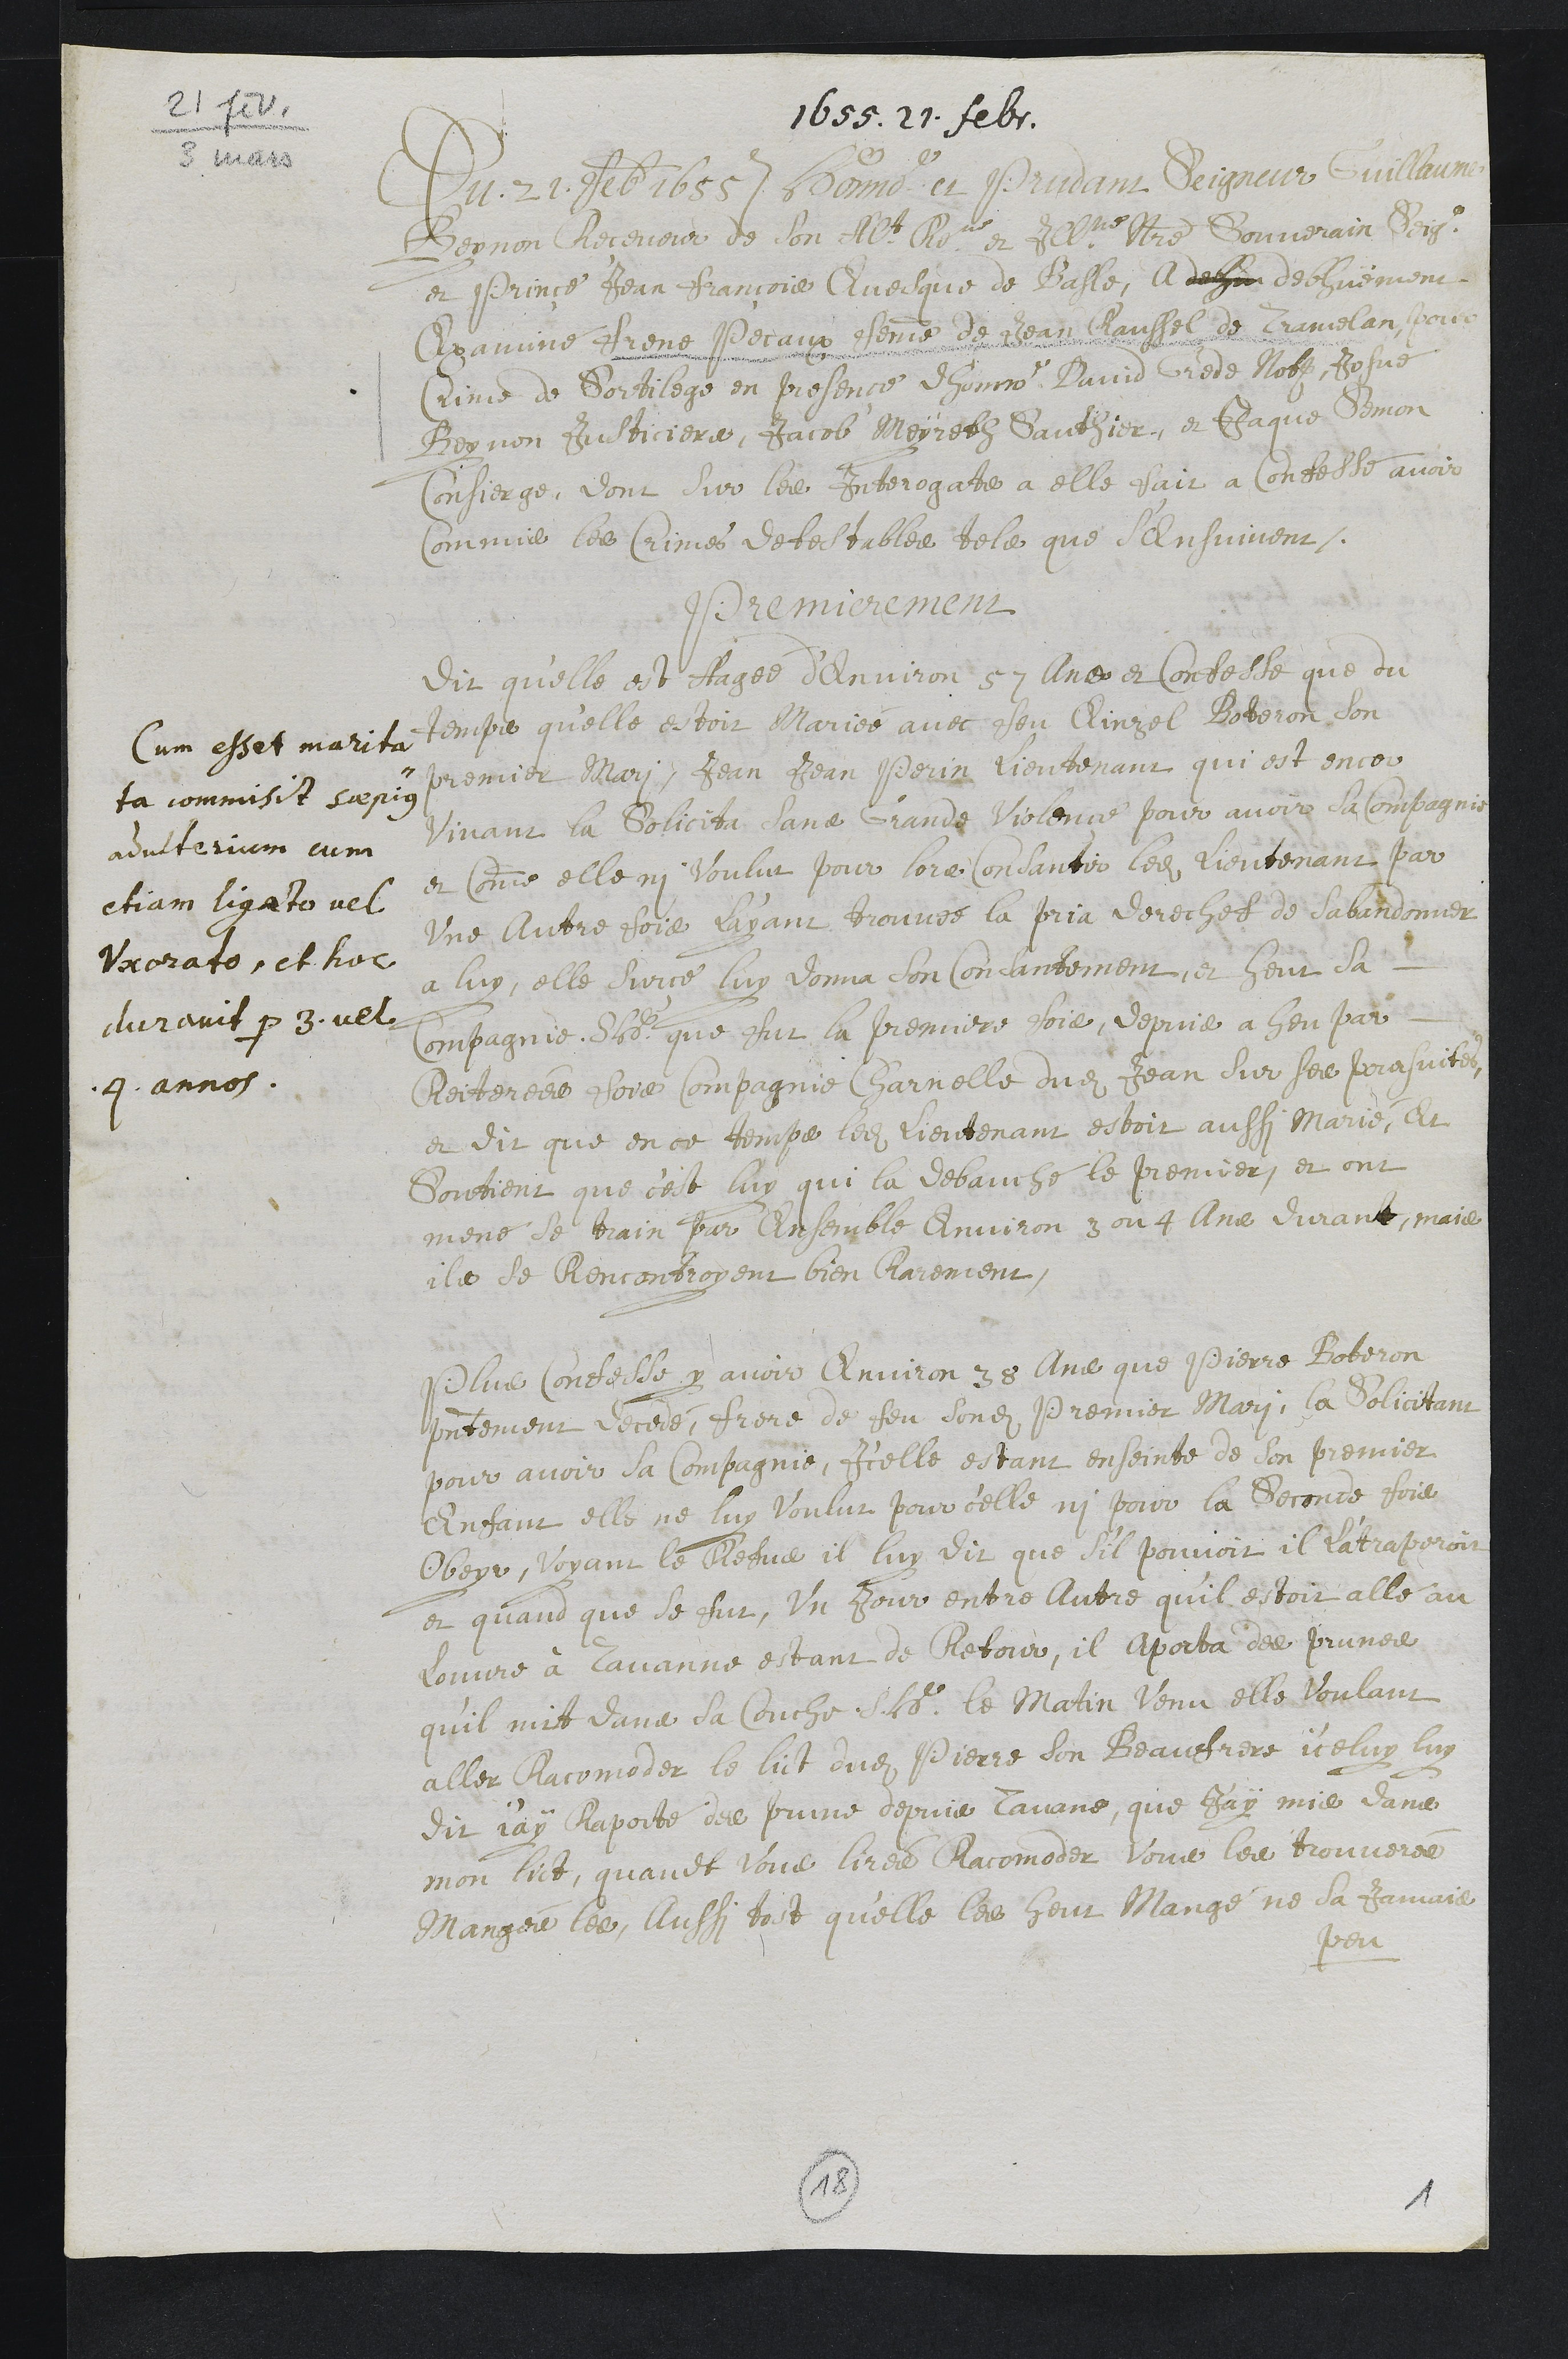
2l
1655. 21. febr.
Du 21 fre 1155 Mreime len Jemnsn depmir  aurere
Beynon Ricenoir de son Nlt lne et filneltre Donverain Dis
et Prinse Jean François Qvelque de Basle, Al deu dechuement
Crommine Brene Pecaux cohemne de Jean Caussel de Crimelan, ou
rinie de Sortilege en presence deponine Luvid brede Nofz Rosue
Beynon sousticiera, Jacob Moyretl Sauthier, et Jaque Simon
Confierge, vont sur les Interogatte a elle suir a Confesse avoir
Commis les Crimes dehastables telle que c'Ansuivont
Pnreminement
Cum esset marita
ta commisit supign
adviterium cum
ctjam ligate vel
Vaorate, et hor
duramit por 3. vel
4. annos.
dit qu’elle at fasée d’environ 57 lnes et Confeile que du
tempse qu’elle estoir mariée avec sou Rinzol Boberon son
premier Mari, Jean Jean Perin lieutenant qui est encor
Vivant ja Solicitr dane Grande Boienne pour avoir la omsogni
et comme elle ni voulur pair sore Contantir ledit lieutenant par
une aitre fois ayant trouves la pria derechef de Cabandmer
a luy, elle surce luy donna con Concantement je heur sa
Compagnie, Sidt que fut la premiere fois, depuis a heu par
Roctercue hois compagnie Charnelle dudit Jean sur son praprite
et dit que en ce tempe ludit tientenant estoir aussi Marie, et
Soutient que cat luy qui la debauche le premier, et ont
mene le main par lnsemble environ 3 ou 4 une divant, mains
ille de Rencontroyent bien Claiement.
Pluse Contesses y avoir environ 35 uine que Prierre Aotenon
presentement ricers, frere de feu sondit Premier Mari, la solicitant
pour avoir la compugnie, Icelle estant enseinte le son premier
Enfant elle ne luy voulut pour celle ni pour la Seconne foi
Obeyr, Noyant le behua il luy dit que dil pouvoit il latraperoit
et quand que se fur Un pour entre lutre qu’il estoit alle au
louvre à lavanne estant de Rebour, il aporta de primee
qu’il muit dana da couche, Leit le Matin venu elle voulant
aller Racomoder le lict dudit Pierre son Beauffrire j ehuy lu
dit jay haporté de prine deprie Cavane, que Jay mise dunat
mon lict, quavet lous liren Racomoder vous len trouverer
Manger le Aussi tost quelle les veut Mange ne la temuis
Jeur
15
1